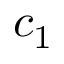
c _ { 1 }